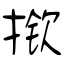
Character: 揿